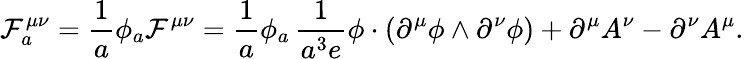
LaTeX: {\cal F}_{a}^{\mu\nu}=\frac{1}{a}\phi_{a}{\cal F}^{\mu\nu}=\frac{1}{a}\phi_{a}\, \frac{1}{a^{3}e}\phi\cdot(\partial^{\mu}\phi\wedge\partial^{\nu}\phi)+\partial^{\mu}A^{\nu}-\partial^{\nu}A^{\mu}.